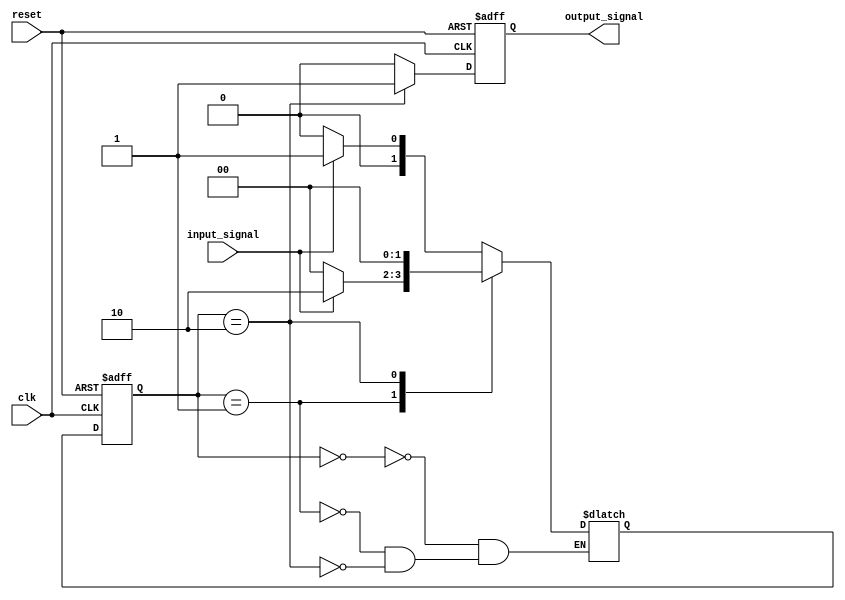
module fsm (
    input wire clk,
    input wire reset,
    input wire input_signal,
    output wire output_signal
);

// State definitions
parameter STATE_A = 2'b00;
parameter STATE_B = 2'b01;
parameter STATE_C = 2'b10;

// State register
reg [1:0] current_state, next_state;

// Output register
reg output_reg;

// State transition logic
always @ (posedge clk or posedge reset) begin
    if (reset) begin
        current_state <= STATE_A;
        output_reg <= 1'b0;
    end else begin
        current_state <= next_state;
        output_reg <= (current_state == STATE_C) ? 1'b1 : 1'b0;
    end
end

// Next state logic
always @* begin
    case(current_state)
        STATE_A: begin
            if (input_signal) begin
                next_state = STATE_B;
            end else begin
                next_state = STATE_A;
            end
        end
        STATE_B: begin
            if (input_signal) begin
                next_state = STATE_C;
            end else begin
                next_state = STATE_A;
            end
        end
        STATE_C: begin
            next_state = STATE_A;
        end
    endcase
end

// Output assignment
assign output_signal = output_reg;

endmodule